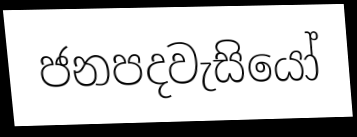
ජනපදවැසියෝ